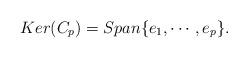
LaTeX: \begin{align*} Ker (C_p)=Span\{e_1,\cdots,e_p\}.\end{align*}